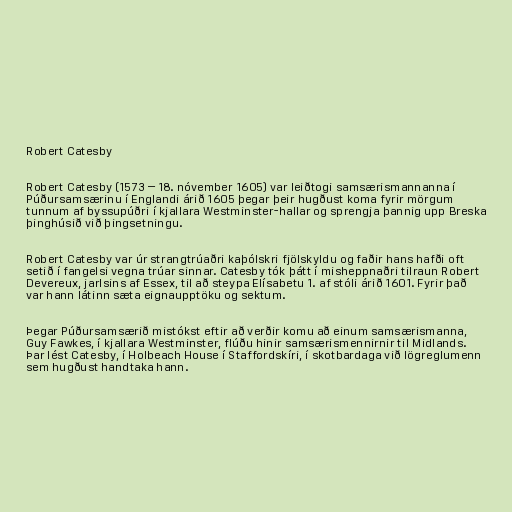
Robert Catesby

Robert Catesby (1573 – 18. nóvember 1605) var leiðtogi samsærismannanna í
Púðursamsærinu í Englandi árið 1605 þegar þeir hugðust koma fyrir mörgum
tunnum af byssupúðri í kjallara Westminster-hallar og sprengja þannig upp Breska
þinghúsið við þingsetningu.

Robert Catesby var úr strangtrúaðri kaþólskri fjölskyldu og faðir hans hafði oft
setið í fangelsi vegna trúar sinnar. Catesby tók þátt í misheppnaðri tilraun Robert
Devereux, jarlsins af Essex, til að steypa Elísabetu 1. af stóli árið 1601. Fyrir það
var hann látinn sæta eignaupptöku og sektum.

Þegar Púðursamsærið mistókst eftir að verðir komu að einum samsærismanna,
Guy Fawkes, í kjallara Westminster, flúðu hinir samsærismennirnir til Midlands.
Þar lést Catesby, í Holbeach House í Staffordskíri, í skotbardaga við lögreglumenn
sem hugðust handtaka hann.